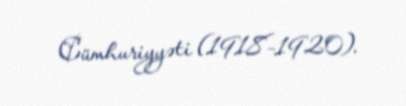
Cümhuriyyəti (1918–1920).